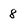
Character: 8